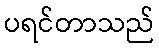
ပရင်တာသည်